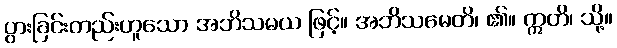
ပွားခြင်းတည်းဟူသော အဘိသမယ ဖြင့်။ အဘိသမေတိ၊ ၏။ ဣတိ၊ သို့။